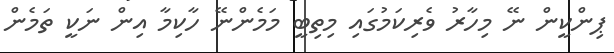
ޕިންކީން ނޭ މިހާރު ވެރިކަމުގައި މިތިބީ މަމެންނޭ ހާކިމާ އިން ނަކީ ތަމެން